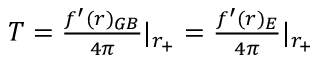
\begin{array} { r } { T = \frac { f ^ { \prime } ( r ) _ { G B } } { 4 \pi } | _ { r _ { + } } = \frac { f ^ { \prime } ( r ) _ { E } } { 4 \pi } | _ { r _ { + } } } \end{array}